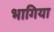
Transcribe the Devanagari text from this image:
भागिया